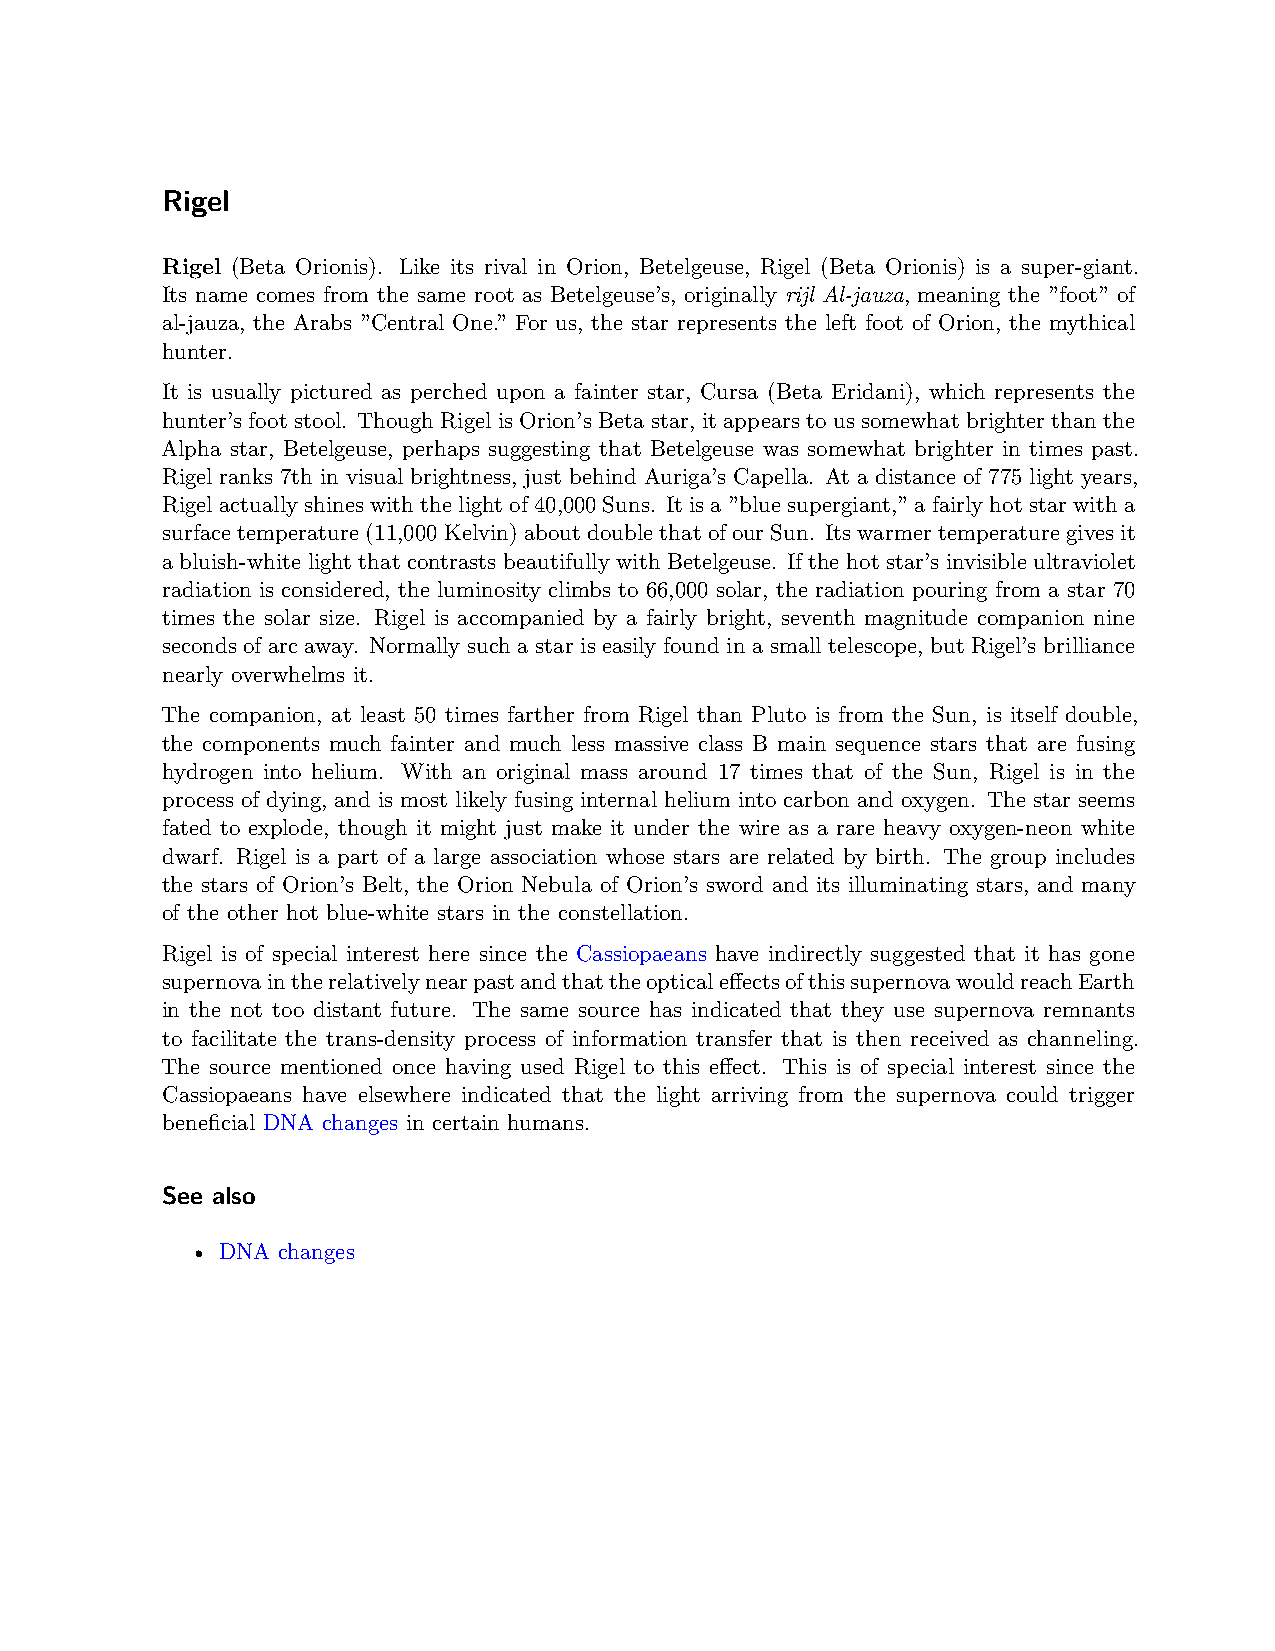
Rigel
 Rigel (Beta Orionis). Like its rival in Orion, Betelgeuse, Rigel (Beta Orionis) is a super-giant.
 Its name comes from the same root as Betelgeuse’s, originally rijl Al-jauza, meaning the ”foot” of
 al-jauza, the Arabs ”Central One.” For us, the star represents the left foot of Orion, the mythical
 hunter.
 It is usually pictured as perched upon a fainter star, Cursa (Beta Eridani), which represents the
 hunter’s foot stool. Though Rigel is Orion’s Beta star, it appears to us somewhat brighter than the
 Alpha star, Betelgeuse, perhaps suggesting that Betelgeuse was somewhat brighter in times past.
 Rigel ranks 7th in visual brightness, just behind Auriga’s Capella. At a distance of 775 light years,
 Rigelactuallyshineswiththelightof40,000Suns. Itisa”bluesupergiant,”afairlyhotstarwitha
 surface temperature (11,000 Kelvin) about double that of our Sun. Its warmertemperature gives it
 a bluish-white light that contrasts beautifully with Betelgeuse. If the hot star’s invisible ultraviolet
 radiation is considered, the luminosity climbs to 66,000 solar, the radiation pouring from a star 70
 times the solar size. Rigel is accompanied by a fairly bright, seventh magnitude companion nine
 seconds of arc away. Normally such a star is easily found in a small telescope, but Rigel’s brilliance
 nearly overwhelms it.
 The companion, at least 50 times farther from Rigel than Pluto is from the Sun, is itself double,
 the components much fainter and much less massive class B main sequence stars that are fusing
 hydrogen into helium. With an original mass around 17 times that of the Sun, Rigel is in the
 process of dying, and is most likely fusing internal helium into carbon and oxygen. The star seems
 fated to explode, though it might just make it under the wire as a rare heavy oxygen-neon white
 dwarf. Rigel is a part of a large association whose stars are related by birth. The group includes
 the stars of Orion’s Belt, the Orion Nebula of Orion’s sword and its illuminating stars, and many
 of the other hot blue-white stars in the constellation.
 Rigel is of special interest here since the Cassiopaeans have indirectly suggested that it has gone
 supernovaintherelativelynearpastandthattheopticaleffectsofthissupernovawouldreachEarth
 in the not too distant future. The same source has indicated that they use supernova remnants
 to facilitate the trans-density process of information transfer that is then received as channeling.
 The source mentioned once having used Rigel to this effect. This is of special interest since the
 Cassiopaeans have elsewhere indicated that the light arriving from the supernova could trigger
 beneficial DNA changes in certain humans.
 See also
 • DNA changes